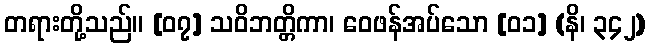
တရားတို့သည်။ [၀၇] သဝိဘတ္တိကာ၊ ဝေဖန်အပ်သော [၀၁] (နိ၊ ၃၄၂)